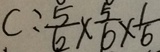
C : \frac { 5 } { 6 } \times \frac { 5 } { 6 } \times \frac { 1 } { 6 }